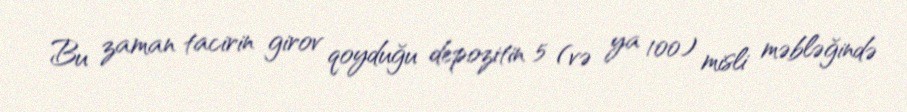
Bu zaman tacirin girov qoyduğu depozitin 5 (və ya 100) misli məbləğində